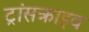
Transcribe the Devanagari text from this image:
ट्रांसक्राइव